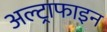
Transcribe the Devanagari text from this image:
अल्ट्राफाइन